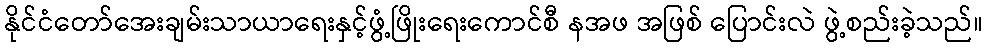
နိုင်ငံတော်အေးချမ်းသာယာရေးနှင့်ဖွံ့ဖြိုးရေးကောင်စီ နအဖ အဖြစ် ပြောင်းလဲ ဖွဲ့စည်းခဲ့သည်။